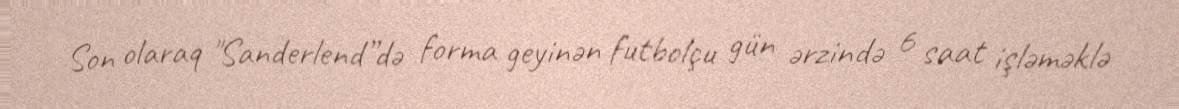
Son olaraq "Sanderlend”də forma geyinən futbolçu gün ərzində 6 saat işləməklə